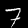
Digit: 7